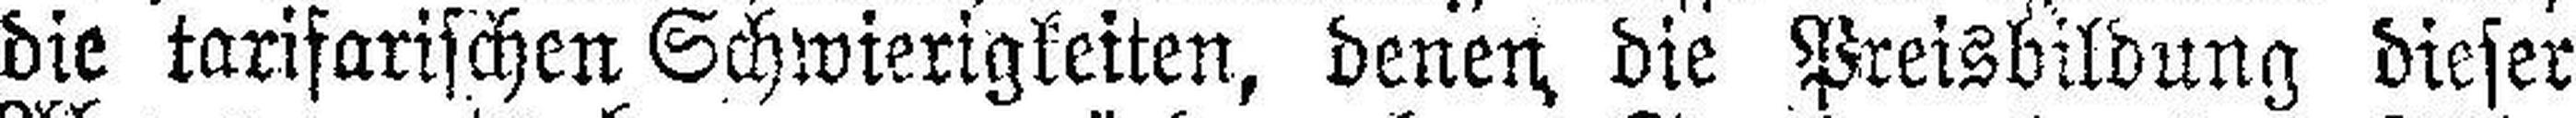
die tarifarischen Schwierigkeiten, denen die Preisbildung dieser